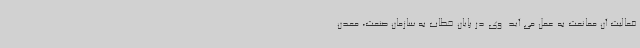
فعالیت آن ممانعت به عمل می آید. وی در پایان خطاب به سازمان صنعت، معدن